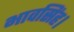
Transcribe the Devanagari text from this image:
भावसिंह।